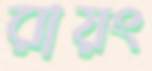
রায়ং